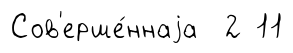
Сов'ерше́ннаjа 2 11